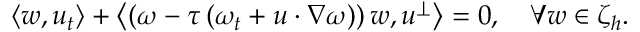
\left\langle w , u _ { t } \right\rangle + \left\langle \left( \omega - \tau \left( \omega _ { t } + u \cdot \nabla \omega \right) \right) w , u ^ { \perp } \right\rangle = 0 , \quad \forall w \in \zeta _ { h } .